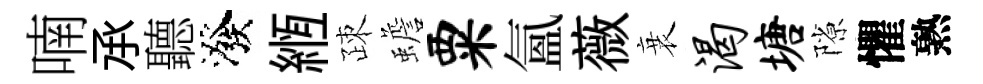
喃𠄘聽潑縆疎蟾粟氲薇衰渴塘隙懼熟